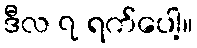
ဒီလ ၇ ရက်ပေါ့။